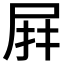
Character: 𭕙